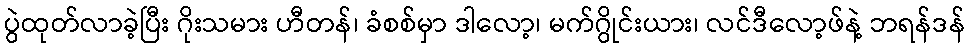
ပွဲထုတ်လာခဲ့ပြီး ဂိုးသမား ဟီတန်၊ ခံစစ်မှာ ဒါလော့၊ မက်ဂွိုင်းယား၊ လင်ဒီလော့ဖ်နဲ့ ဘရန်ဒန်